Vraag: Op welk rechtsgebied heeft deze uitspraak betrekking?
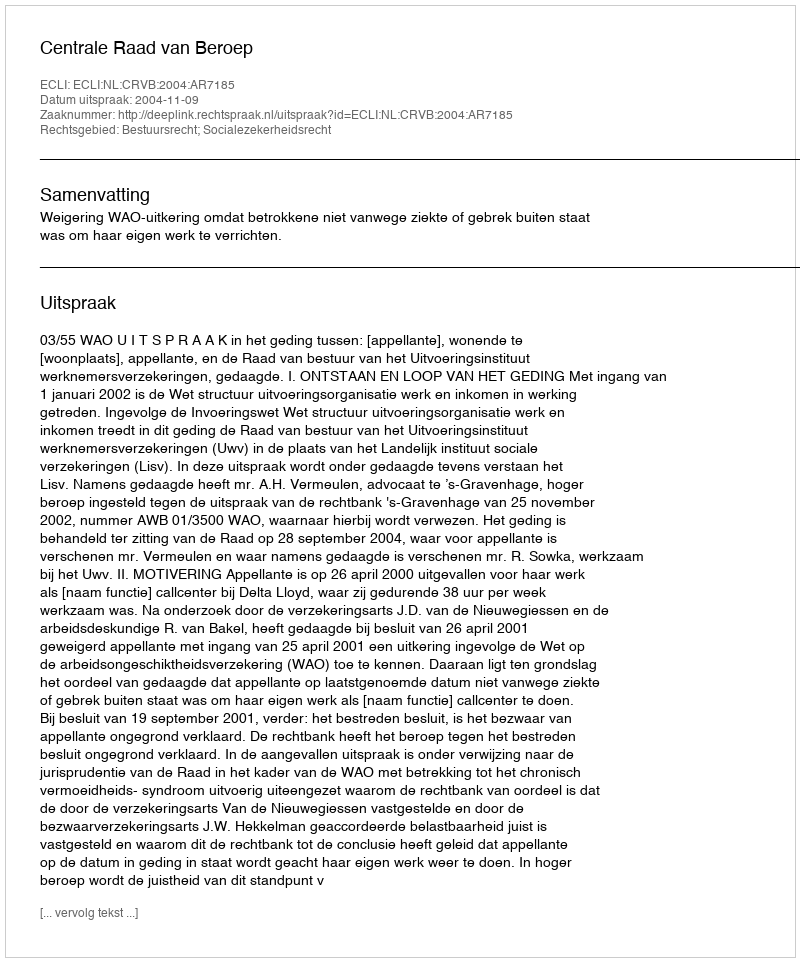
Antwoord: Bestuursrecht; Socialezekerheidsrecht